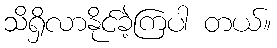
သိရှိလာနိုင်ခဲ့ကြပါ တယ်။